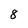
Character: 8